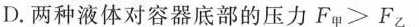
D.两种液体对容器底部的压力$$F _ { 甲 }